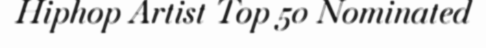
Hiphop Artist Top 50 Nominated